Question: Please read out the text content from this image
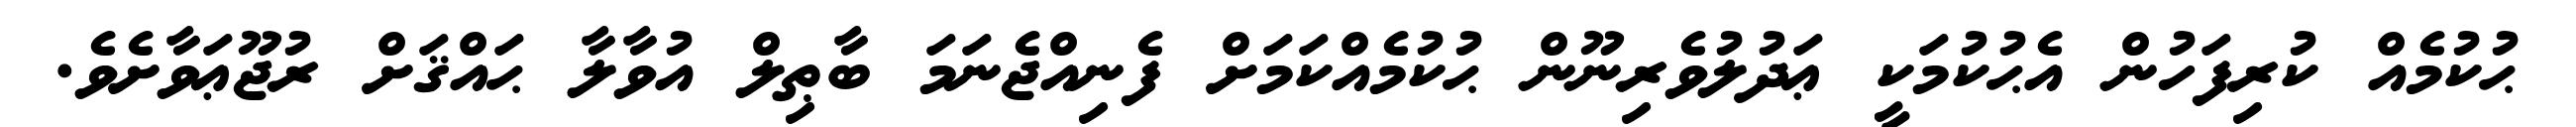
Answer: ޙުކުމެއް ކުރިފަހުން އެޙުކުމަކީ ޢަދުލުވެރިނޫން ޙުކުމެއްކަމަށް ފެނިއްޖެނަމަ ބާޠިލް އުވާލާ ޙައްޤަށް ރުޖޫޢަވާށެވެ.